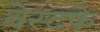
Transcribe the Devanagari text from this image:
वेस्टफे